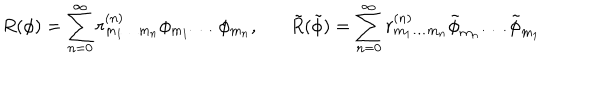
LaTeX: R ( \phi ) = \sum _ { n = 0 } ^ { \infty } r _ { m _ { 1 } \ldots m _ { n } } ^ { ( n ) } \phi _ { m _ { 1 } } \ldots \phi _ { m _ { n } } , \tilde { R } ( \tilde { \phi } ) = \sum _ { n = 0 } ^ { \infty } r _ { m _ { 1 } \ldots m _ { n } } ^ { ( n ) } \tilde { \phi } _ { m _ { n } } \ldots \tilde { \phi } _ { m _ { 1 } }